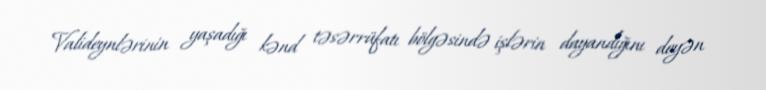
Valideynlərinin yaşadığı kənd təsərrüfatı bölgəsində işlərin dayandığını deyən